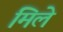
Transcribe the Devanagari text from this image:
मिले